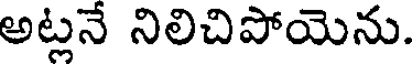
అట్లనే నిలిచిపోయెను.